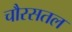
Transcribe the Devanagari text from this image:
चौरसतल